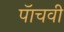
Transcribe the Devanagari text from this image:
पॅाचवी